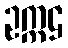
ဥက္ကဌ